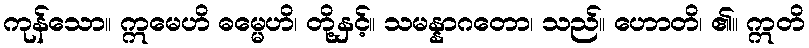
ကုန်သော။ ဣမေဟိ ဓမ္မေဟိ၊ တို့နှင့်။ သမန္နာဂတော၊ သည်။ ဟောတိ၊ ၏။ ဣတိ